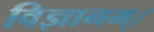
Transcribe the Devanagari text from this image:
विज्ञानम्।